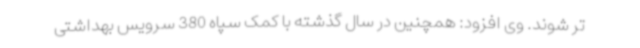
تر شوند. وی افزود: همچنین در سال گذشته با کمک سپاه 380 سرویس بهداشتی